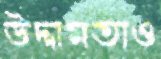
উদ্দামতাও